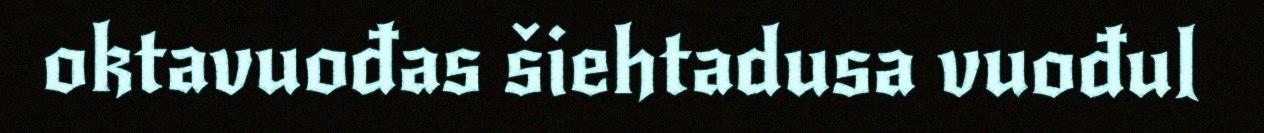
oktavuođas šiehtadusa vuođul